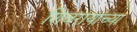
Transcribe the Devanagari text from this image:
शिवरायांच्या